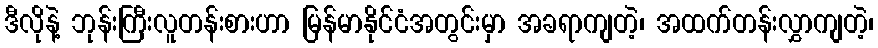
ဒီလိုနဲ့ ဘုန်းကြီးလူတန်းစားဟာ မြန်မာနိုင်ငံအတွင်းမှာ အခရာကျတဲ့၊ အထက်တန်းလွှာကျတဲ့၊